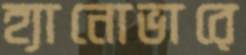
হ্যানোভারে